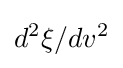
d^{2}\xi /dv^{2}